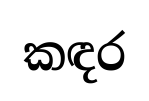
කඳර